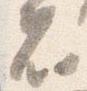
者